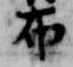
布